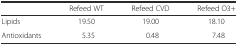
<table><thead><tr><td></td><td><b>Refeed WT</b></td><td><b>Refeed CVD</b></td><td><b>Refeed O3+</b></td></tr></thead><tbody><tr><td>Lipids</td><td>19.50</td><td>19.00</td><td>18.10</td></tr><tr><td>Antioxidants</td><td>5.35</td><td>0.48</td><td>7.48</td></tr></tbody></table>